Vaccination in Burma 1920-1933 - 1920-1933
Year: 1920
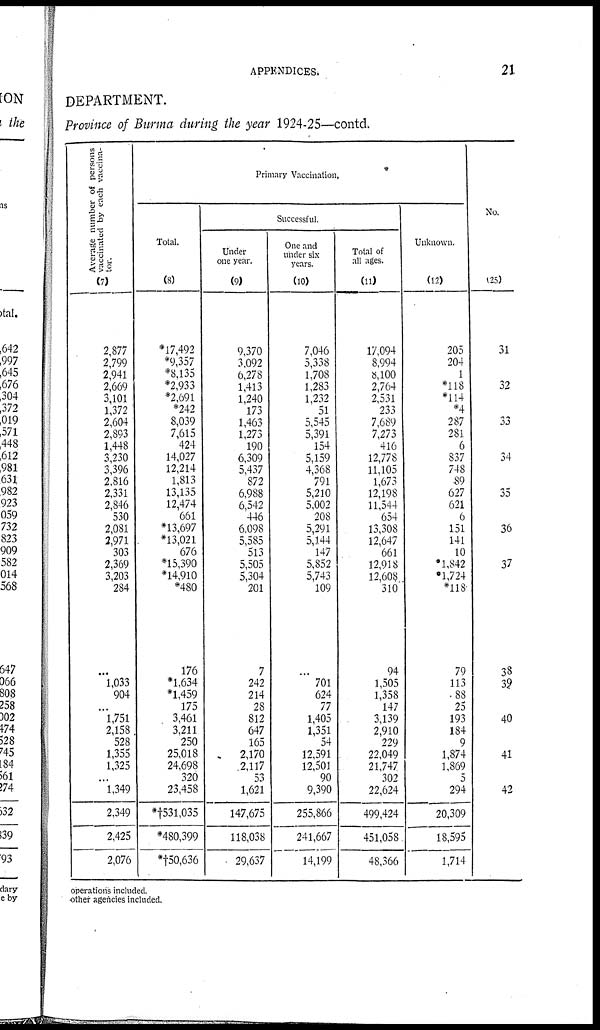
APPENDICES.
21
DEPARTMENT.
Province of Burma during the year 1924-25—contd.
Average number of persons
vaccinated by each vaccina-
tor.
(7)
2,877
2,799
2,941
2,669
3,101
1,372
2,604
2,893
1,448
3,230
3,396
2,816
2,331
2,846
530
2,081
2,971
303
2,369
3,203
284
...
1,033
904
...
1,751
2,158
528
1,355
1,325
...
1,349
2,349
2,425
2,076
Primary Vaccination.
Total.
(8)
*17,492
*9,357
*8,135
*2,933
*2,691
*242
8,039
7,615
424
14,027
12,214
1,813
13,135
12,474
661
*13,697
*13,021
676
*15,390
*14,910
*480
176
*1,634
*1,459
175
3,461
3,211
250
25,018
24,698
320
23,458
*†531,035
*480,399
*†50,636
Successful.
Under
one year.
(9)
9,370
3,092
6,278
1,413
1,240
173
1,463
1,273
190
6,309
5,437
872
6,988
6,542
446
6,098
5,585
513
5,505
5,304
201
7
242
214
28
812
647
165
2,170
2,117
53
1,621
147,675
118,038
29,637
One and
under six
years.
(10)
7,046
5,338
1,708
1,283
1,232
51
5,545
5,391
154
5,159
4,368
791
5,210
5,002
208
5,291
5,144
147
5,852
5,743
109
...
701
624
77
1,405
1,351
54
12,591
12,501
90
9,390
255,866
241,667
14,199
Total of
all ages.
(11)
17,094
8,994
8,100
2,764
2,531
233
7,689
7,273
416
12,778
11,105
1,673
12,198
11,544
654
13,308
12,647
661
12,918
12,608
310
94
1,505
1,358
147
3,139
2,910
229
22,049
21,747
302
22,624
499,424
451,058
48,366
Unknown.
(12)
205
204
1
*118
*114
*4
287
281
6
837
748
89
627
621
6
151
141
10
*1,842
*1,724
*118
79
113
88
25
193
184
9
1,874
1,869
5
294
20,309
18,595
1,714
No.
(13)
31
32
33
34
35
36
37
38
39
40
41
42
operations included.
other agencies included.